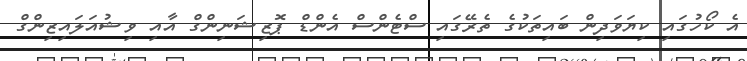
އެ ކޯހުގައި ކިޔަވަދިން ބައިތަކުގެ ތެރޭގައި ސްޓެންސް އެންޑް ޕޮޒިޝަނިންގް އާއި ވިޝުއަލައިޒިންގް